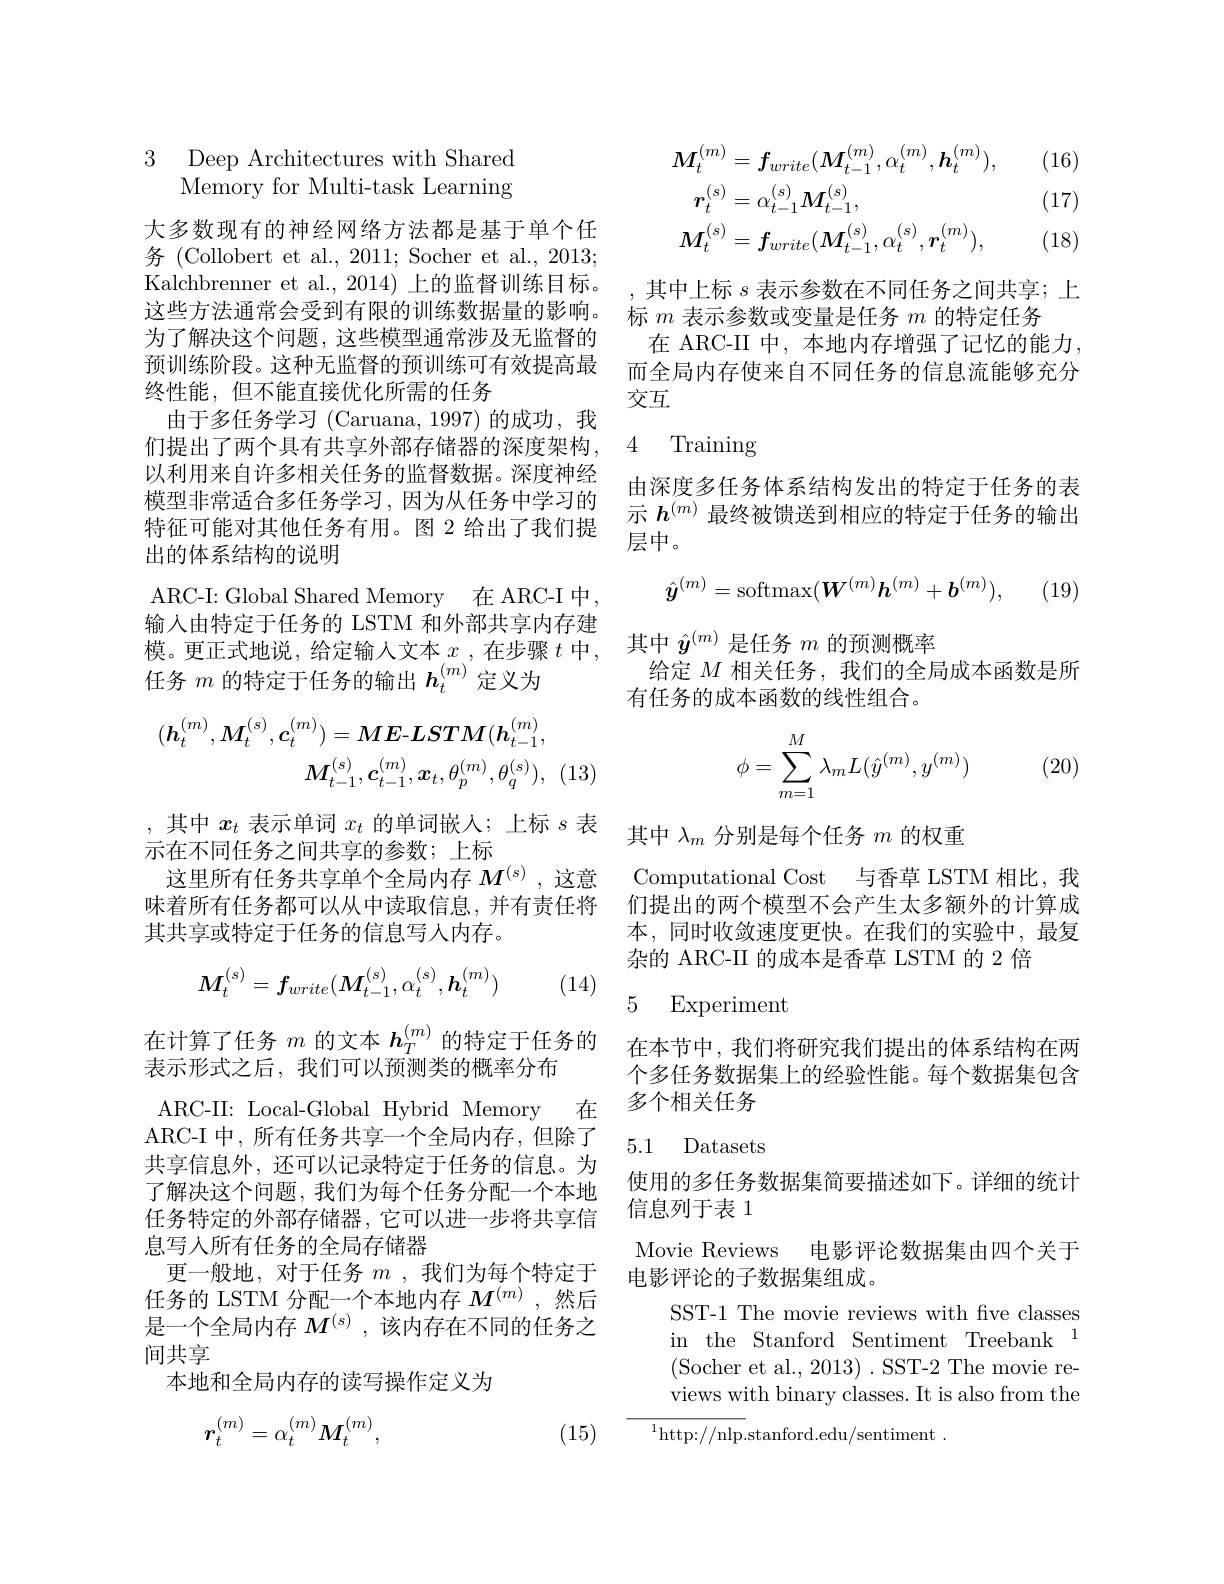
3 Deep Architectures with Shared
Memory for Multi-task Learning

大多数现有的神经网络方法都是基于单个任务 (Collobert et al., 2011; Socher et al., 2013; 为了解决这个问题，这些模型通常涉及无监督的预训练阶段。这种无监督的预训练可有效提高最终性能，但不能直接优化所需的任务
由于多任务学习 (Caruana, 1997) 的成功，我们提出了两个具有共享外部存储器的深度架构， 以利用来自许多相关任务的监督数据。深度神经模型非常适合多任务学习，因为从任务中学习的特征可能对其他任务有用。图 2 给出了我们提出的体系结构的说明
ARC-I: Global Shared Memory 在 ARC-I 中， 输入由特定于任务的 LSTM 和外部共享内存建模。更正式地说，给定输入文本$x$ ,在步骤$t$中， 任务$m$的特定于任务的输出$h_t^{(m)}$定义为
$$(\boldsymbol{h}_{t}^{(m)},\boldsymbol{M}_{t}^{(s)},\boldsymbol{c}_{t}^{(m)})=\boldsymbol{ME}-\boldsymbol{LSTM}(\boldsymbol{h}_{t-1}^{(m)},\\\boldsymbol{M}_{t-1}^{(s)},\boldsymbol{c}_{t-1}^{(m)},\boldsymbol{x}_{t},\theta_{p}^{(m)},\theta_{q}^{(s)}),$$
(13

$\begin{array}{c}\text{,其中 }x_t\text{ 表示单词 }x_t\text{ 的单词嵌人；上标 }s\text{ 表}\\\text{示在不同任各之间出宣的参数·上标}\end{array}$其中 $\lambda _m$ 分 别 是 每 个 任 务 $m$ 的 权 重
示在不同任务之间共享的参数；上标
这里所有任务共享单个全局内存$M^{(\mathrm{s})}$ ,这意 Computational Cost 与香草 LSTM 相比，我味着所有任务都可以从中读取信息，并有责任将 们提出的两个模型不会产生太多额外的计算成其共享或特定于任务的信息写人内存。
$$M_t^{(s)}=f_{write}(M_{t-1}^{(s)},\alpha_t^{(s)},h_t^{(m)})$$
(14)

表示形式之后，我们可以预测类的概率分布ARC-I 中，所有任务共享一个全局内存，但除了共享信息外，还可以记录特定于任务的信息。为了解决这个问题，我们为每个任务分配一个本地任务特定的外部存储器，它可以进一步将共享信息写入所有任务的全局存储器
更一般地，对于任务$m$ ,我们为每个特定于任务的 LSTM 分配一个本地内存$M^{(m)}$ ,然后是一个全局内存$M^{(s)}$ ,该内存在不同的任务之间共享
本地和全局内存的读写操作定义为
$$r_t^{(m)}=\alpha_t^{(m)}M_t^{(m)},$$
(15)

(16)

(17) (18)
$$\begin{aligned}\boldsymbol{M}_{t}^{(m)}&=\boldsymbol{f}_{write}(\boldsymbol{M}_{t-1}^{(m)},\alpha_{t}^{(m)},\boldsymbol{h}_{t}^{(m)}),\\\boldsymbol{r}_{t}^{(s)}&=\alpha_{t-1}^{(s)}M_{t-1}^{(s)},\\\boldsymbol{M}_{t}^{(s)}&=\boldsymbol{f}_{write}(\boldsymbol{M}_{t-1}^{(s)},\alpha_{t}^{(s)},\boldsymbol{r}_{t}^{(m)}),\end{aligned}$$
Kalchbrenner et al., 2014) 上的监督训练目标。,其中上标$s$表示参数在不同任务之间共享；上
这些方法通常会受到有限的训练数据量的影响。标$m$表示参数或变量是任务$m$的特定任务
在 ARC-II 中，本地内存增强了记忆的能力， 而全局内存使来自不同任务的信息流能够充分交互

### 4 Training

由深度多任务体系结构发出的特定于任务的表示$h^{(m)}$最终被馈送到相应的特定于任务的输出层中。
$$\hat{\boldsymbol{y}}^{(m)}=\mathrm{softmax}(\boldsymbol{W}^{(m)}\boldsymbol{h}^{(m)}+\boldsymbol{b}^{(m)}),$$
(19)

其中$\hat{y}^{(m)}$是任务$m$的预测概率
给定$M$相关任务，我们的全局成本函数是所
有任务的成本函数的线性组合。
$$\phi=\sum\limits_{m=1}^M\lambda_mL(\hat{y}^{(m)},y^{(m)})$$
(20)

本，同时收敛速度更快。在我们的实验中，最复
杂的 ARC-II 的成本是香草 LSTM 的 2 倍

5 Experiment
在计算了任务$m$的文本$h_T^{(m)}$的特定于任务的 在本节中，我们将研究我们提出的体系结构在两

个多任务数据集上的经验性能。每个数据集包含
ARC-II: Local-Global Hybrid Memory 在 多个相关任务

5.1 Datasets

使用的多任务数据集简要描述如下。详细的统计
信息列于表 1

Movie Reviews 电影评论数据集由四个关于

电影评论的子数据集组成。

SST-1 The movie reviews with five classes in the Stanford Sentiment Treebank 1 (Socher et al., 2013). SST-2 The movie reviews with binary classes. It is also from the
$^{1}$http://nlp.stanford.edu/sentiment.